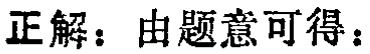
正解：由题意可得：